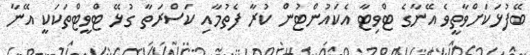
ބޭފުޅަކަށްވާތީވެ އޭނާގެ ޓްވިޓާ އެކައުންޓުން ކުރާ ފެތުމާއި ކަސްރަތާ ގުޅޭ ޓްވީޓްތަކަކީ އޭނާ